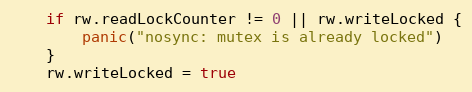
Language: Go
	if rw.readLockCounter != 0 || rw.writeLocked {
		panic("nosync: mutex is already locked")
	}
	rw.writeLocked = true